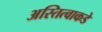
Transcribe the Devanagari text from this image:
अस्तित्वाकडे